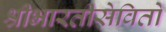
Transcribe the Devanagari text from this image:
श्रीभारतीसेवितो